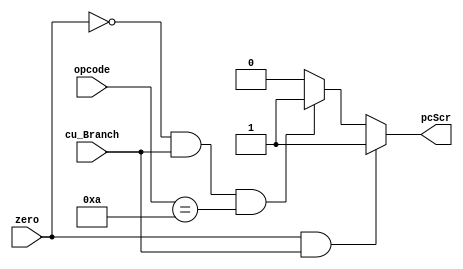
module andmux (zero, cu_Branch, pcScr, opcode);
  input zero;
  input cu_Branch;
  input [5:0] opcode;
  output reg pcScr;
  
  always @ (*) begin

  if(zero && cu_Branch)
    pcScr = 1;
	else if((zero == 0) && (cu_Branch == 1) && (opcode == 6'b001010))
	 pcScr = 1;
	else
	 pcScr = 0;
	 
  end
endmodule // and